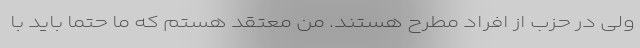
ولی در حزب از افراد مطرح هستند. من معتقد هستم که ما حتما باید با